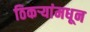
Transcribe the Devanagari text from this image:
ठिकऱ्यांमधून